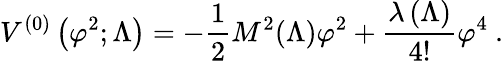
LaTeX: V^{(0)}\left(\varphi^{2};\Lambda\right)=-\frac{1}{2}M^{2}(\Lambda)\varphi^{2}+\frac{\lambda\left(\Lambda\right)}{4!}\varphi^{4}\ .